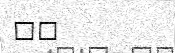
٢٦